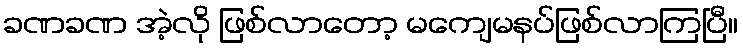
ခဏခဏ အဲ့လို ဖြစ်လာတော့ မကျေမနပ်ဖြစ်လာကြပြီ။